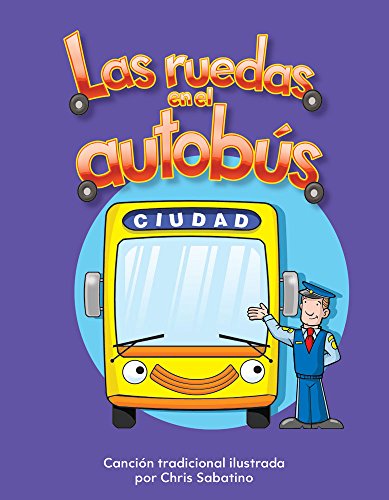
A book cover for Las ruedas en el autobÃºs (The Wheels on the Bus) Lap Book (Literacy, Language, & Learning) (Spanish Edition); Chris Sabatino; Children's Books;